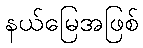
နယ်မြေအဖြစ်